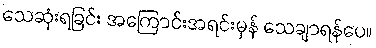
သေဆုံးရခြင်း အကြောင်းအရင်းမှန် သေချာရန်ပေ။